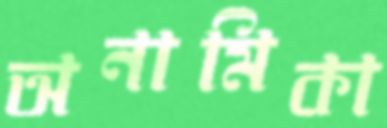
অনামিকা